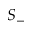
S _ { - }